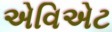
એવિએટ